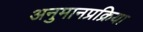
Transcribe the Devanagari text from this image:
अनुमानप्रक्रिया